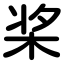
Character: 桨